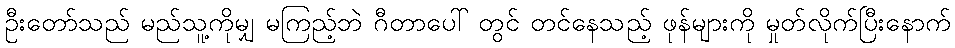
ဦးတော်သည် မည်သူ့ကိုမျှ မကြည့်ဘဲ ဂီတာပေါ် တွင် တင်နေသည့် ဖုန်များကို မှုတ်လိုက်ပြီးနောက်